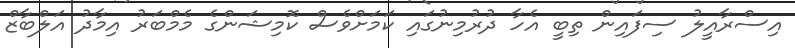
އިސްރާއީލު ސިފައިން ތިބީ އެހާ ދުރުމިނުގައި ކަމަށްވެސް ކޮމިޝަންގެ މެމްބަރު އިމާދު އަލްބާޒް